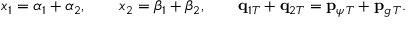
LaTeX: x _ { 1 } = \alpha _ { 1 } + \alpha _ { 2 } , \qquad x _ { 2 } = \beta _ { 1 } + \beta _ { 2 } , \qquad { \bf q } _ { 1 T } + { \bf q } _ { 2 T } = { \bf p } _ { \psi \, T } + { \bf p } _ { g \, T } .